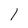
Character: l